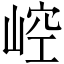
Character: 崆